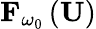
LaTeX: {\mathbf F}_{\omega_{0}}\left({\mathbf U}\right)